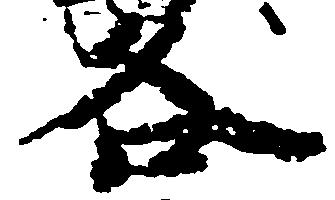
各